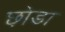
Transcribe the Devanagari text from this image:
छ़ोडा